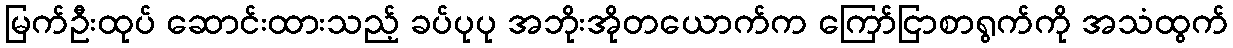
မြက်ဦးထုပ် ဆောင်းထားသည့် ခပ်ပုပု အဘိုးအိုတယောက်က ကြော်ငြာစာရွက်ကို အသံထွက်